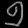
Digit: ၅